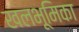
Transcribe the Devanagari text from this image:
खलभूमिका